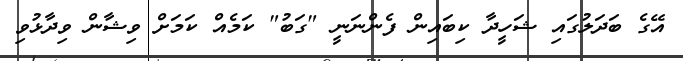
އޭގެ ބަދަލުގައި ޝަހީދާ ކިބައިން ފެންނަނީ "ގަބު" ކަމެއް ކަމަށް ވިޝާން ވިދާޅުވި